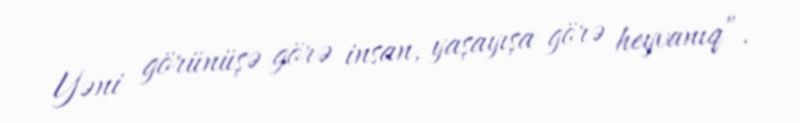
Yəni görünüşə görə insan, yaşayışa görə heyvanıq”.